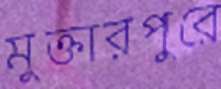
মুক্তারপুরে